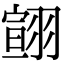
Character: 翧